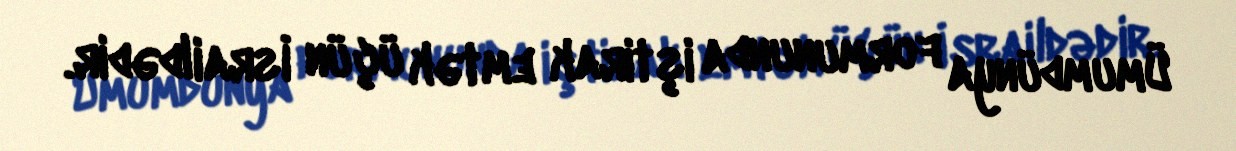
Ümumdünya formununda iştirak emtək üçün İsraildədir.